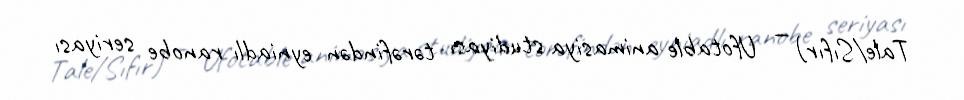
Tale/Sıfır) — Ufotable animasiya studiyası tərəfindən eyniadlı ranobe seriyası